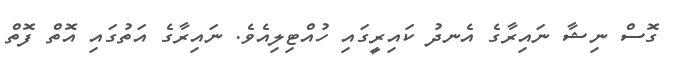
ގޮސް ނިޝާ ނައިރާގެ އެނދު ކައިރީގައި ހުއްޓިލިއެވެ. ނައިރާގެ އަތުގައި އޮތް ފޮތް